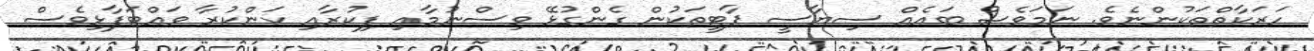
ހަރަކާތްތަކުންނެވެ. ނަމަވެސް ބައެއް ސިޔާސީ ޕާޓީތަކުން ގެންގުޅޭ ވިސްނުމާއި ފިކުރާއި ކަންކުރާ ވައްޓަފާޅިވެސް